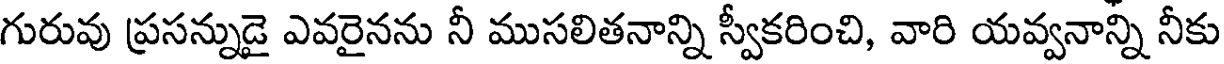
గురువు ప్రసన్నుడై ఎవరైనను నీ ముసలితనాన్ని స్వీకరించి, వారి యవ్వనాన్ని నీకు